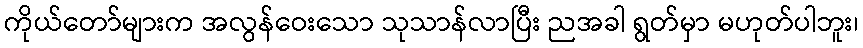
ကိုယ်တော်များက အလွန်ဝေးသော သုသာန်လာပြီး ညအခါ ရွတ်မှာ မဟုတ်ပါဘူး၊